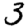
Digit: 3